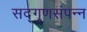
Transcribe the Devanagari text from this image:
सद्‌गुणसंपन्न